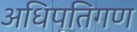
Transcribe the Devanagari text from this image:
अधिपतिगण